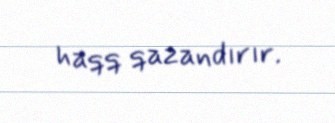
haqq qazandırır.